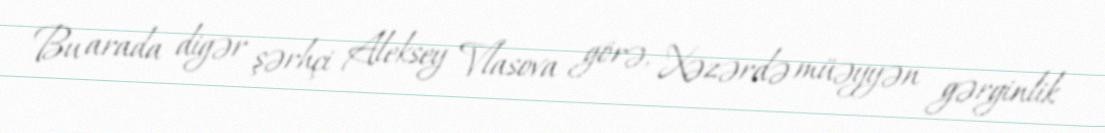
Bu arada digər şərhçi Aleksey Vlasova görə, Xəzərdə müəyyən gərginlik